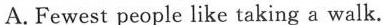
A. Fewest people like taking a walk.